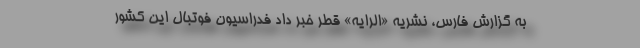
به گزارش فارس، نشریه «الرایه» قطر خبر داد فدراسیون فوتبال این کشور